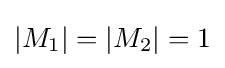
\left|M_{1}\right|=\left|M_{2}\right|=1